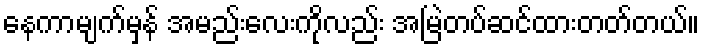
နေကာမျက်မှန် အမည်းလေးကိုလည်း အမြဲတပ်ဆင်ထားတတ်တယ်။